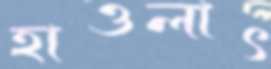
হাওলাৎ